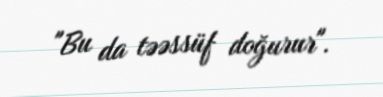
"Bu da təəssüf doğurur".